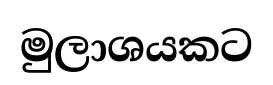
මුලාශයකට